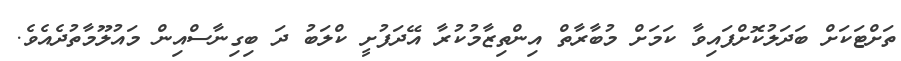
ތަށްޓަކަށް ބަދަލުކޮށްފައިވާ ކަމަށް މުބާރާތް އިންތިޒާމުކުރާ އޭދަފުށީ ކްލަބު ދަ ބިގިނާސްއިން މައުލޫމާތުދެއެވެ.